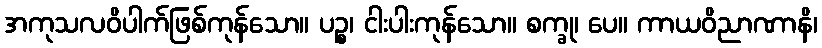
အကုသလဝိပါက်ဖြစ်ကုန်သော။ ပဉ္စ၊ ငါးပါးကုန်သော။ စက္ခု၊ ပေ။ ကာယဝိညာဏာနိ၊